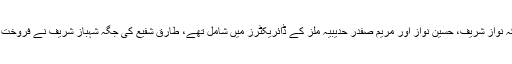
جس پر نعیم بخاری نے کہا کہ نواز شریف، حسین نواز اور مریم صفدر حدیبیہ ملز کے ڈائریکٹرز میں شامل تھے، طارق شفیع کی جگہ شہباز شریف نے فروخت کے معاہدے پر دستخط کئے۔